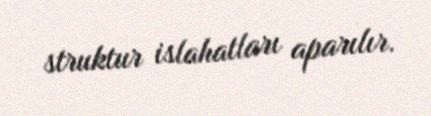
struktur islahatları aparılır.